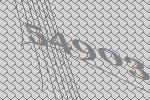
54903